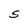
Character: S